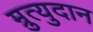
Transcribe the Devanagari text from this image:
म्रुत्युदान